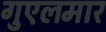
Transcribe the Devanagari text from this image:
गुएलमार